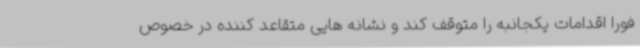
فورا اقدامات یکجانبه را متوقف کند و نشانه هایی متقاعد کننده در خصوص